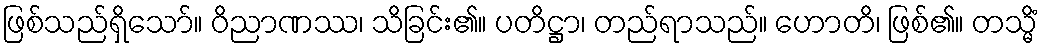
ဖြစ်သည်ရှိသော်။ ဝိညာဏဿ၊ သိခြင်း၏။ ပတိဋ္ဌာ၊ တည်ရာသည်။ ဟောတိ၊ ဖြစ်၏။ တသ္မိံ